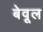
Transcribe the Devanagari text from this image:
बेवूल